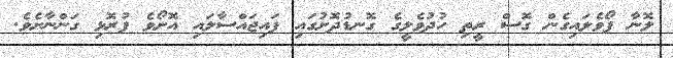
ލޮނާ ފޯވެލައިގެން ގޮސް ރީތި ހުދުވެލީގެ ގޮނޑުދޮށުގައި ފައިޖައްސާލައި އޮށޯވެ ފުރޮޅި ގަންނާށެވެ.